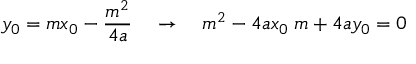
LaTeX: y _ { 0 } = m x _ { 0 } - { \frac { m ^ { 2 } } { 4 a } } \quad \rightarrow \quad m ^ { 2 } - 4 a x _ { 0 } \; m + 4 a y _ { 0 } = 0